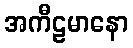
အကီဠမာနော